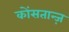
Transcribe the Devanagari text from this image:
कोंसतान्ज़